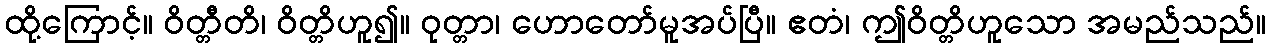
ထို့ကြောင့်။ ဝိတ္တီတိ၊ ဝိတ္တိဟူ၍။ ဝုတ္တာ၊ ဟောတော်မူအပ်ပြီ။ ဧတံ၊ ဤဝိတ္တိဟူသော အမည်သည်။